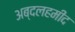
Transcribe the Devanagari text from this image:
अब्दलहमीद